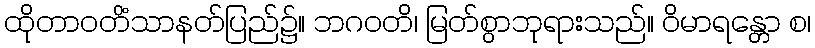
ထိုတာဝတိံသာနတ်ပြည်၌။ ဘဂဝတိ၊ မြတ်စွာဘုရားသည်။ ဝိမာရန္တော စ၊